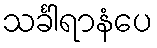
သင်္ခါရာနံပေ